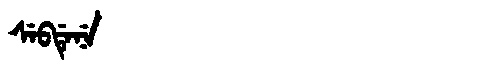
Manchu: ᠰᡝᠪᡩᡝᠨᡝ
Romanization: SEBDENE